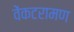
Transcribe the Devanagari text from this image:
वेंकटरामण